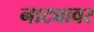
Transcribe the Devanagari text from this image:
नाट्यावर